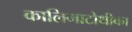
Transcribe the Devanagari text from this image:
कालिमाटोथीका